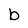
Character: b